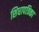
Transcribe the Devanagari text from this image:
शिधापत्रिका